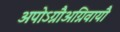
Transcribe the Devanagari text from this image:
अपोऽग्नौअग्निवायौ